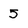
Character: 5